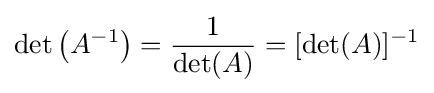
\det \left(A^{-1}\right)={\frac {1}{\det(A)}}=[\det(A)]^{-1}